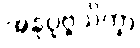
အနုပုဗ္ဗသိက္ခာ